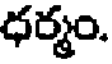
ధర్మం.